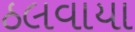
ઠલવાયા